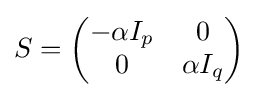
S={\begin{pmatrix}-\alpha I_{p}&0\\0&\alpha I_{q}\end{pmatrix}}